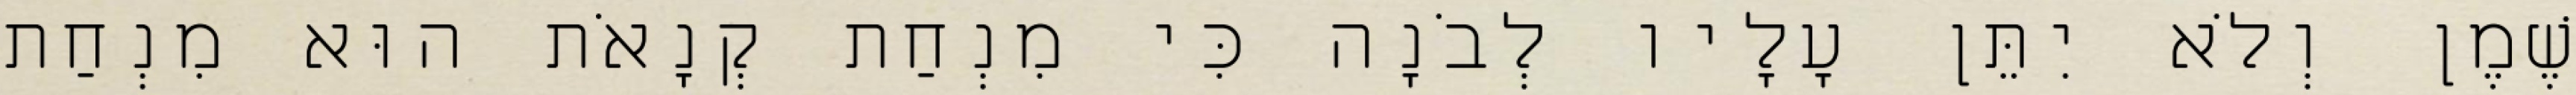
שֶׁמֶן וְלֹא יִתֵּן עָלָיו לְבֹנָה כִּי מִנְחַת קְנָאֹת הוּא מִנְחַת